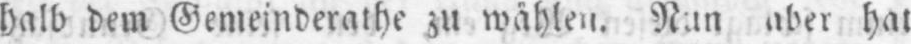
halb dem Gemeinderathe zu wählen. Nun aber hat